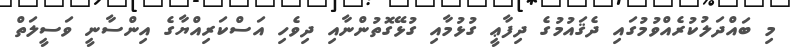
މި ބައްދަލުކުރެއްވުމުގައި ދެޤައުމުގެ ދިފާޢީ ގުޅުމާއި ގުޅޭގޮތުންނާއި ދިވެހި އަސްކަރިއްޔާގެ އިންސާނީ ވަސީލަތް